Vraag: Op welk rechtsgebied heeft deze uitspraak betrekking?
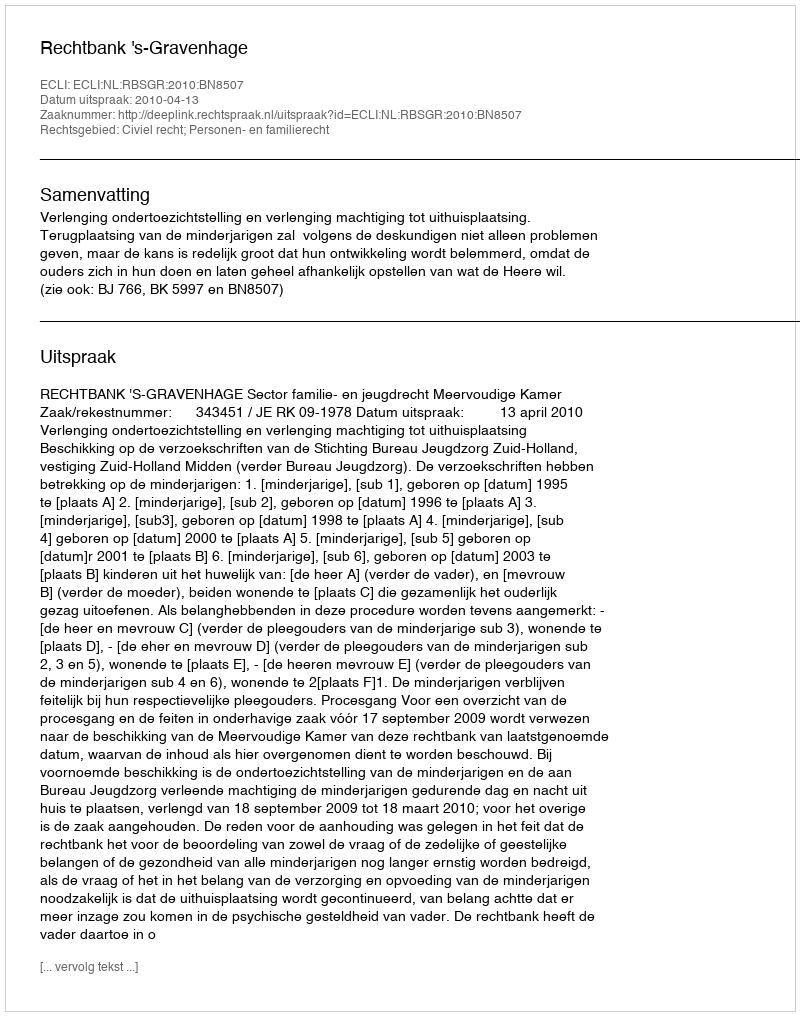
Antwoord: Civiel recht; Personen- en familierecht